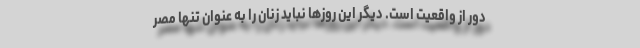
دور از واقعیت است. دیگر این روزها نباید زنان را به عنوان تنها مصر